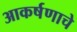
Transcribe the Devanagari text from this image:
आकर्षणाचे